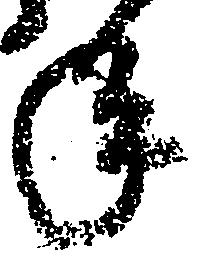
年